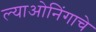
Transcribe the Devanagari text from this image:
ल्याओनिंगाचे